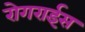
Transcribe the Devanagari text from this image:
रोगराईस